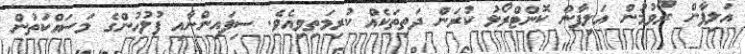
އަލިފާން ރޯވުމުން އަލިފާން ކޮންޓްރޯލު ކުރަން ދަތިތަކެއް ކުރިމަތިވިއެވެ. ސިފައިންނާއި ފުލުހުންގެ މަސައްކަތުން